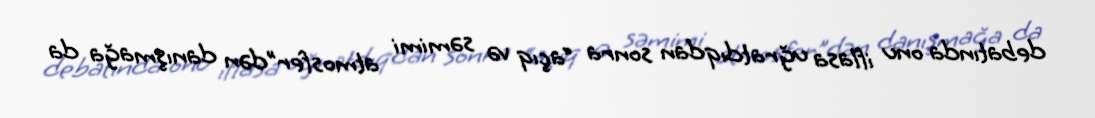
debatında onu iflasa uğratdıqdan sonra “açıq və səmimi atmosfer”dən danışmağa da